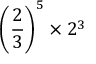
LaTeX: \left( { \frac { 2 } { 3 } } \right) ^ { 5 } \times 2 ^ { 3 }